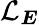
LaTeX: \mathcal{L}_{\boldsymbol{E}}